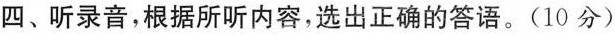
四、听录音,根据所听内容,选出正确的答语. (10 分)